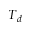
T _ { d }